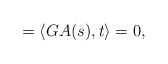
\begin{align*}=\left\langle GA(s),t\right\rangle =0,\end{align*}